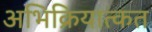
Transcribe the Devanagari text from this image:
अभिक्रियात्कत